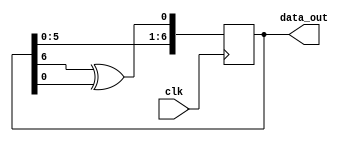
module LFSR_7(clk, data_out);
	output [7:1] data_out;
	input clk;

	reg [7:1] sreg;
	initial sreg = 7'd1;
	always @ (posedge clk)
		begin
			sreg <= {sreg[6:1], sreg[7] ^ sreg[1]};
			end
		
	assign data_out = sreg;
endmodule